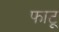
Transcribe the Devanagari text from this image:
फाटू